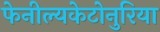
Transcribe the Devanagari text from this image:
फेनील्यकेटोनुरिया